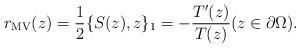
LaTeX: \begin{align*}r_{\rm MV}(z)=\frac{1}{2}\{S(z),z\}_1=-\frac{T'(z)}{T(z)} (z\in\partial\Omega).\end{align*}